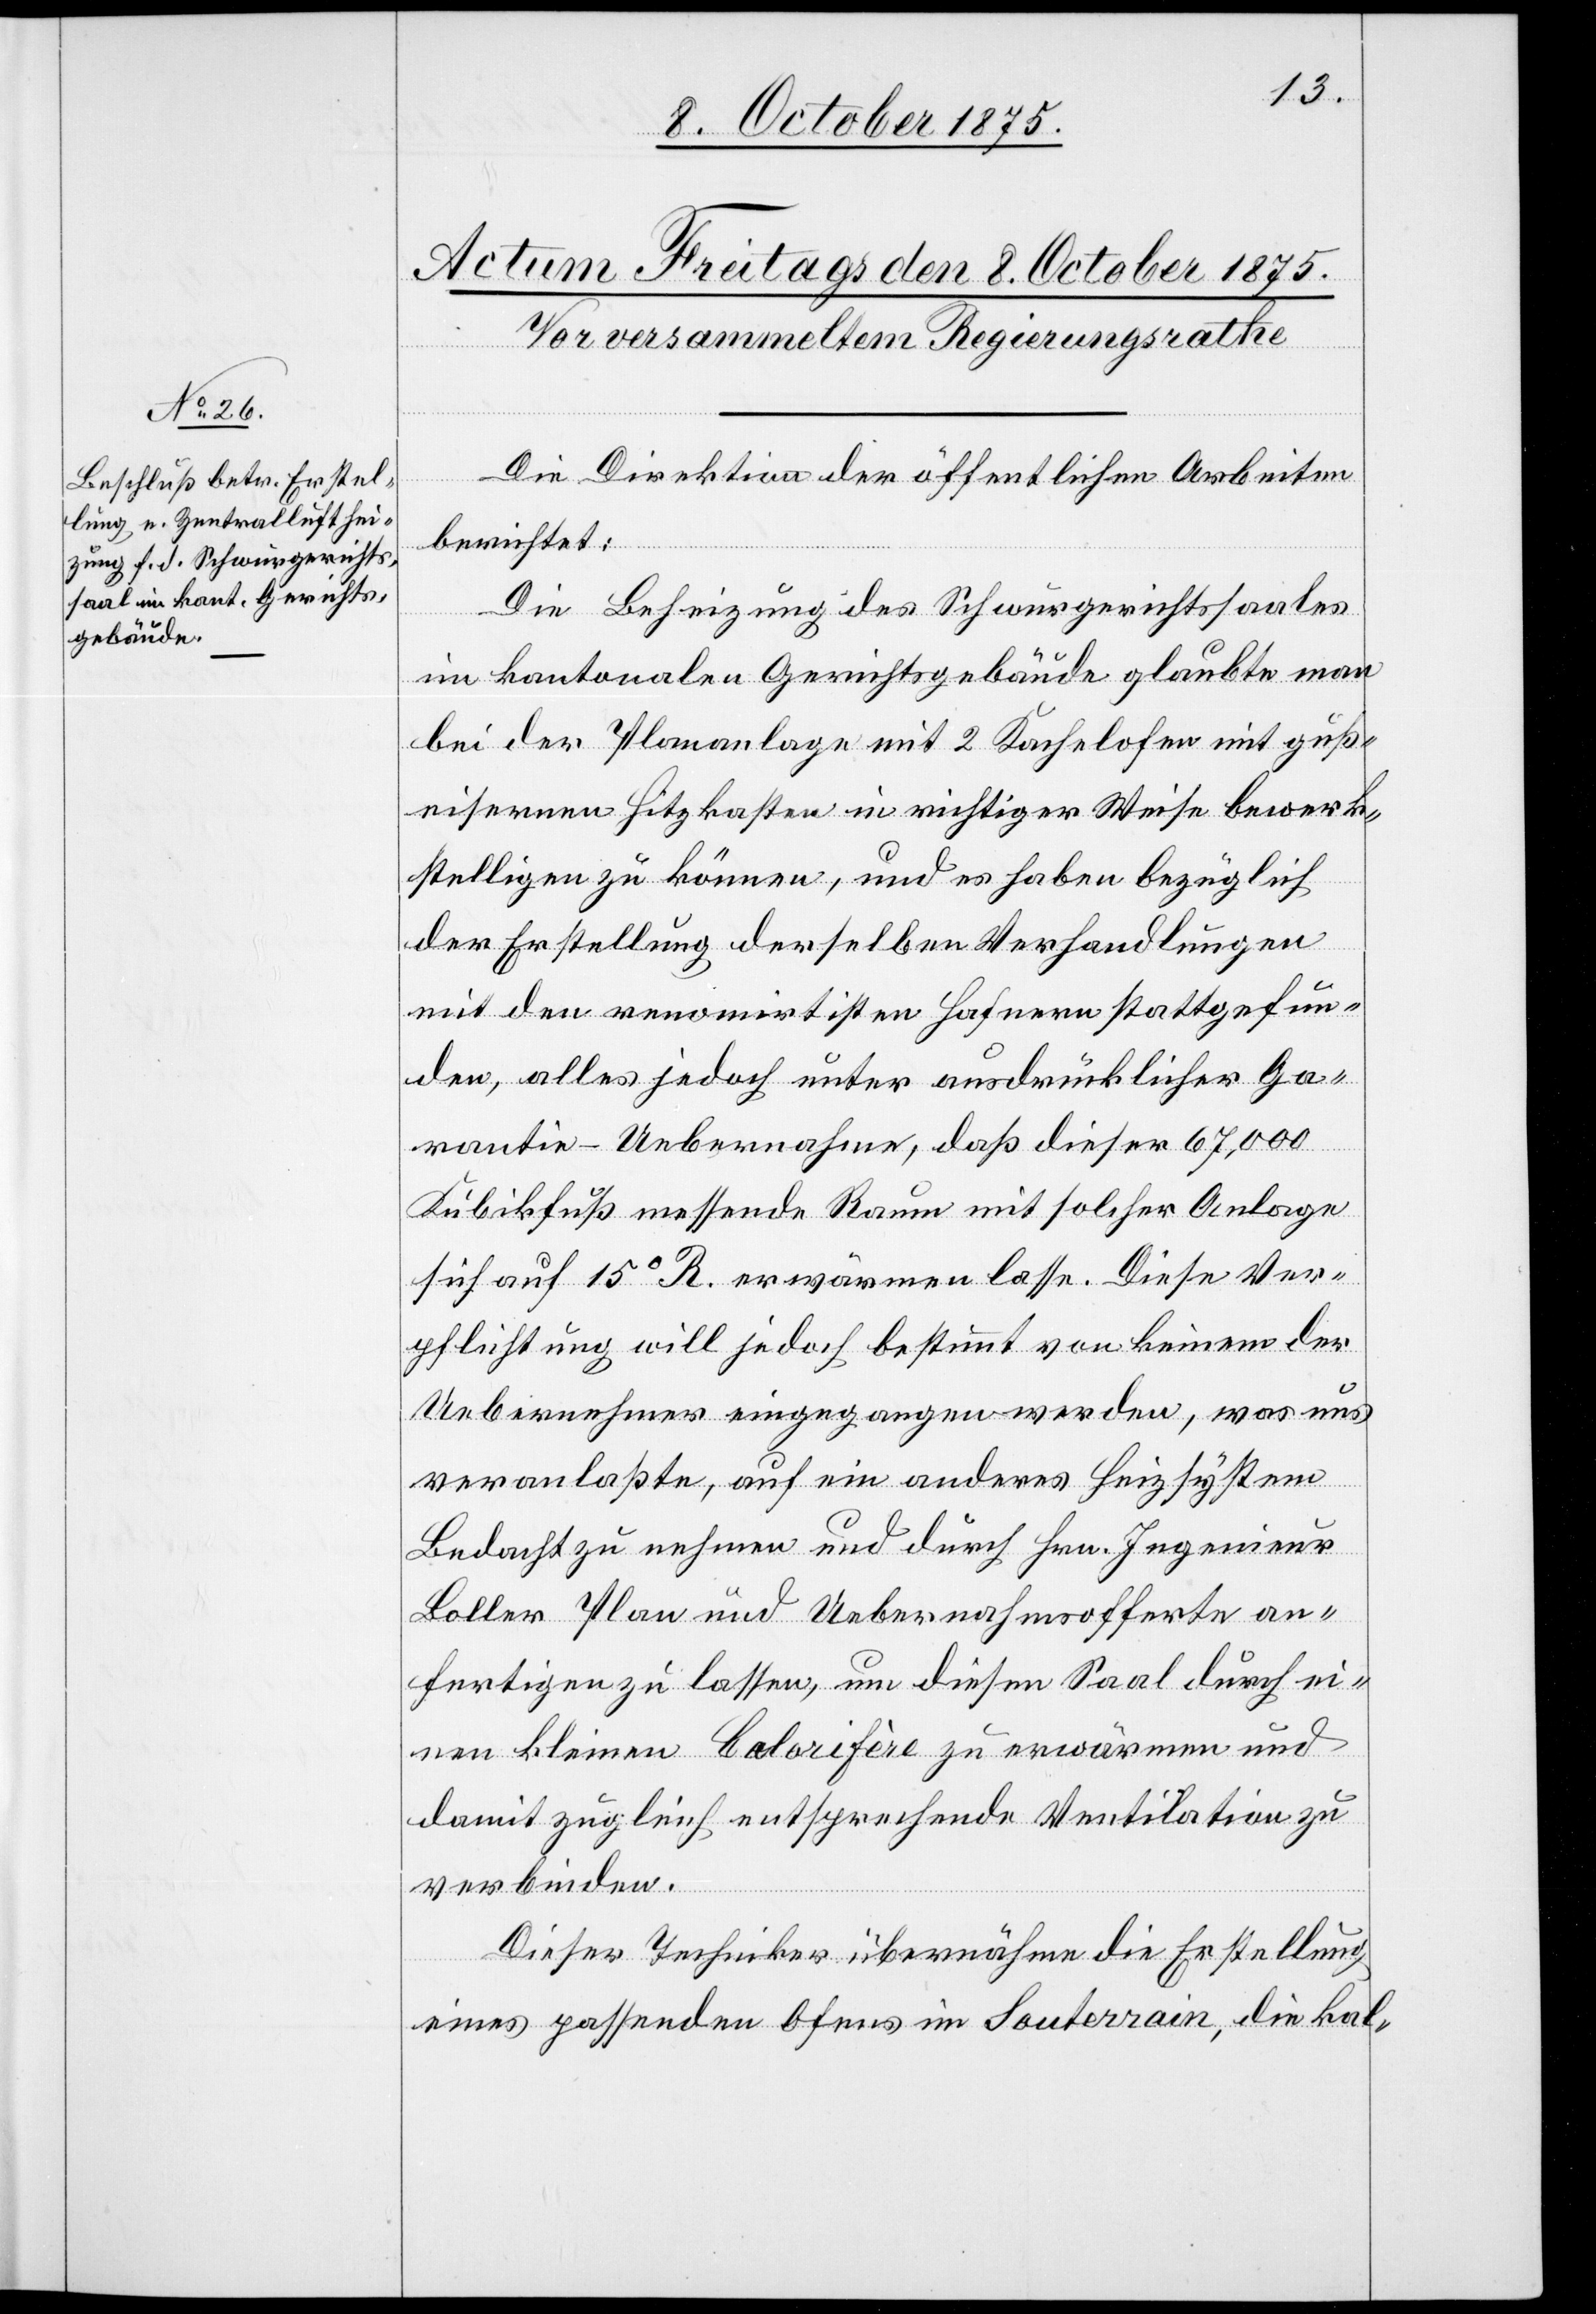
Die Direktion der öffentlichen Arbeiten
berichtet:
Die Beheizung des Schwurgerichtssaales
im kantonalen Gerichtsgebäude glaubte man
bei der Plananlage mit 2 Kachelofen mit guß¬
eisernen Hitzkasten in richtiger Weise bewerk¬
stelligen zu können, und es haben bezügliche
der Erstellung derselben Verhandlungen
mit den renomirten Hafnern stattgefun¬
den, alles jedoch unter ausdrücklicher Ga¬
rantie-Uebernahme, daß dieser 67,000
Kubikfuß messende Raum mit solcher Anlage
sich auf 15° R. erwärmen lasse. Diese Ver¬
pflichtung will jedoch bestimmt von keinem der
Uebernehmer eingegangen werden, was uns
veranlaßte, auf ein anderes Heizsystem
Bedacht zu nehmen und durch Hrn. Ingenieur
Boller Plan und Uebernahmsofferte an¬
fertigen zu lassen, um diesen Saal durch ei¬
nen kleinen Balorifère zu erwärmen und
damit zugleich entsprechende Ventilation zu
verbinden.
Dieser Techniker übernähme die Erstellung
eines passenden Ofens im Souterrain, die kal-